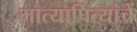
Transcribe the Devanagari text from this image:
मात्यापित्यांचे